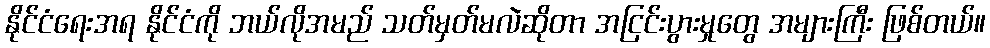
နိုင်ငံရေးအရ နိုင်ငံကို ဘယ်လိုအမည် သတ်မှတ်မလဲဆိုတာ အငြင်းပွားမှုတွေ အများကြီး ဖြစ်တယ်။